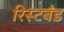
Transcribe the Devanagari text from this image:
रिस्टबँड